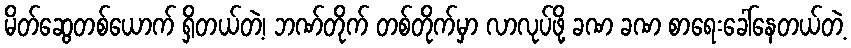
မိတ်ဆွေတစ်ယောက် ရှိတယ်တဲ့၊ ဘဏ်တိုက် တစ်တိုက်မှာ လာလုပ်ဖို့ ခဏ ခဏ စာရေးခေါ်နေတယ်တဲ့